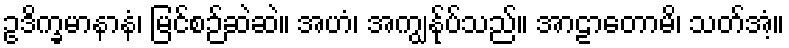
ဥဒိက္ခမာနာနံ၊ မြင်စဉ်ဆဲဆဲ။ အဟံ၊ အကျွန်ုပ်သည်။ အာဠာတောမိ၊ သတ်အံ့။